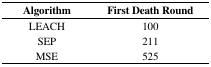
| Algorithm | First Death Round |
 | --- | --- |
 | LEACH | 100 |
 | SEP | 211 |
 | MSE | 525 |